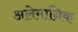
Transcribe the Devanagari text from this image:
अलेमानिक